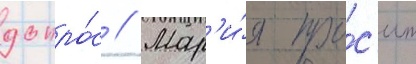
допро́с // Мар'и́я про́с'ит